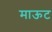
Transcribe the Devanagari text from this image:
माऊट